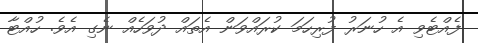
ފެއްޓެވި އެ ހުނަރު ފުރިހަމަ ކުރައްވަން އެތައް ދުވަހެއް ނެގި އެވެ. ހުއްޓާ